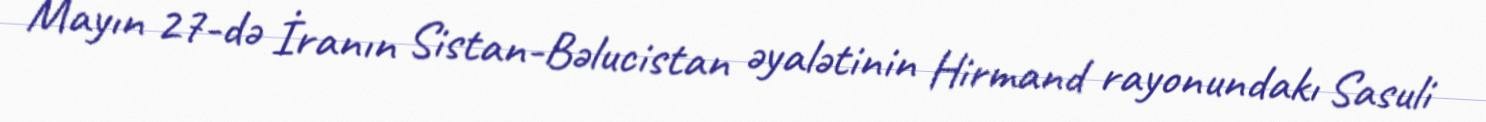
Mayın 27-də İranın Sistan-Bəlucistan əyalətinin Hirmand rayonundakı Sasuli